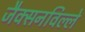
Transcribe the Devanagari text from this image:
जैक्सनविल्ले